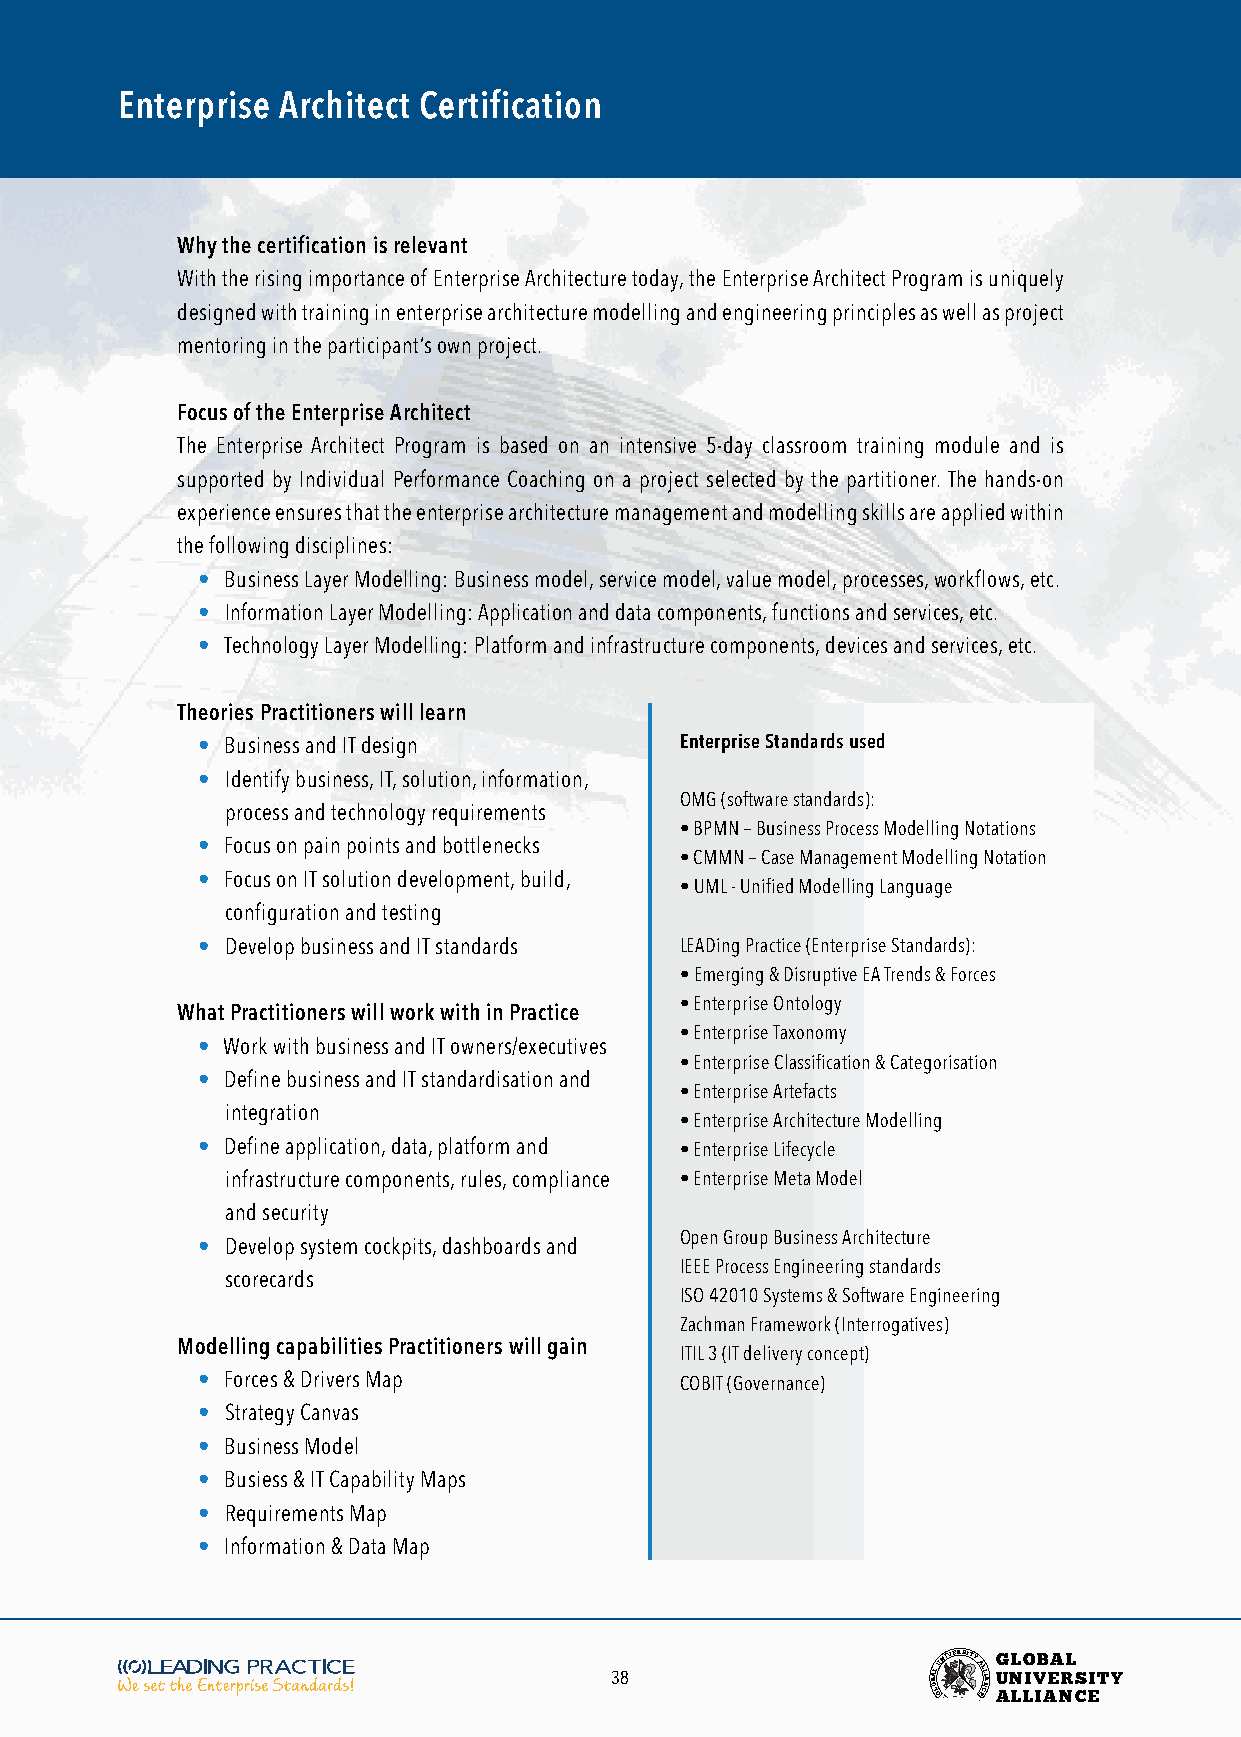
Enterprise Architect Certification
 Why the certification is relevant
 With the rising importance of Enterprise Architecture today, the Enterprise Architect Program is uniquely
 designed with training in enterprise architecture modelling and engineering principles as well as project
 mentoring in the participant’s own project.
 Focus of the Enterprise Architect
 The Enterprise Architect Program is based on an intensive 5-day classroom training module and is
 supported by Individual Performance Coaching on a project selected by the partitioner. The hands-on
 experience ensures that the enterprise architecture management and modelling skills are applied within
 the following disciplines:
 • Business Layer Modelling: Business model, service model, value model, processes, workflows, etc.
 • Information Layer Modelling: Application and data components, functions and services, etc.
 • Technology Layer Modelling: Platform and infrastructure components, devices and services, etc.
 Theories Practitioners will learn
 • Business and IT design        Enterprise Standards used
 • Identify business, IT, solution, information,
 OMG (software standards):
 process and technology requirements
 • BPMN – Business Process Modelling Notations
 • Focus on pain points and bottlenecks
 • CMMN – Case Management Modelling Notation
 • Focus on IT solution development, build,
 • UML - Unified Modelling Language
 configuration and testing
 • Develop business and IT standards LEADing Practice (Enterprise Standards):
 • Emerging & Disruptive EA Trends & Forces
 • Enterprise Ontology
 What Practitioners will work with in Practice
 • Enterprise Taxonomy
 • Work with business and IT owners/executives
 • Enterprise Classification & Categorisation
 • Define business and IT standardisation and
 • Enterprise Artefacts
 integration
 • Enterprise Architecture Modelling
 • Define application, data, platform and • Enterprise Lifecycle
 infrastructure components, rules, compliance • Enterprise Meta Model
 and security
 Open Group Business Architecture
 • Develop system cockpits, dashboards and
 IEEE Process Engineering standards
 scorecards
 ISO 42010 Systems & Software Engineering
 Zachman Framework (Interrogatives)
 Modelling capabilities Practitioners will gain
 ITIL 3 (IT delivery concept)
 • Forces & Drivers Map          COBIT (Governance)
 • Strategy Canvas
 • Business Model
 • Busiess & IT Capability Maps
 • Requirements Map
 • Information & Data Map
 38                    BOA LL
 GUNIVERSITY
 AL EL CI NA
 G
 U
 ANL LO
 LIV
 IB AEA NRL
 CS EITY